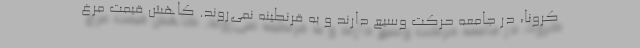
کرونا، در جامعه حرکت وسیع دارند و به قرنطینه نمی‌روند. کاهش قیمت مرغ